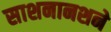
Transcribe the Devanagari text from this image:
साशनानशने